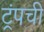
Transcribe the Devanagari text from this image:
ट्रंपची